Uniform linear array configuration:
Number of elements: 48
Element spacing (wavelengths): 1
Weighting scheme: exponential
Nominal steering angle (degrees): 0
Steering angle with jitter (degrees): -0.3465
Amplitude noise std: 0.05
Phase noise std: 0.05

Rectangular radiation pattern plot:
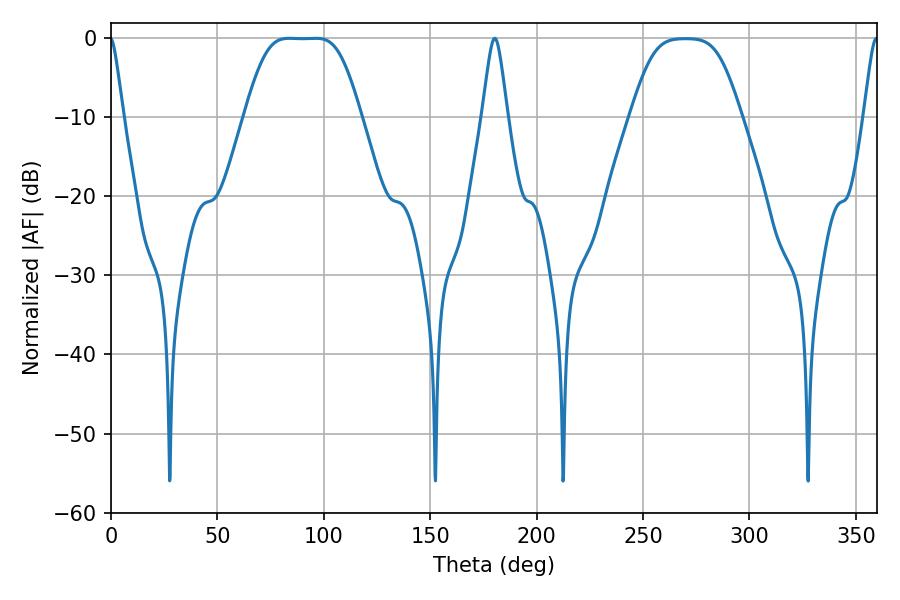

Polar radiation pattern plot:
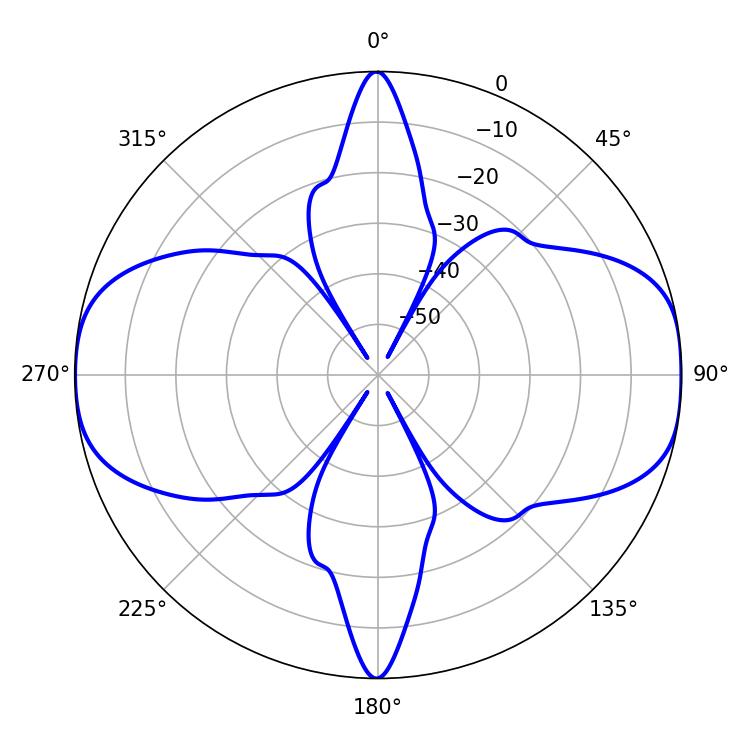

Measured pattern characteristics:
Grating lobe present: TRUE
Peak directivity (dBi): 14.264
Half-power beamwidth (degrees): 38.52
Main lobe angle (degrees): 83.88